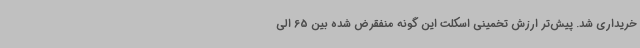
خریداری شد. پیش‌تر ارزش تخمینی اسکلت این گونه منفقرض شده بین 65 الی